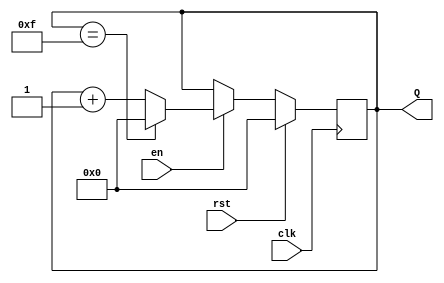
module up_counter_with_enable (
    input wire clk,      // Clock input
    input wire en,       // Enable signal
    input wire rst,      // Synchronous reset
    output reg [3:0] Q   // 4-bit output count
);

// Always block for synchronous operation
always @(posedge clk) begin
    if (rst) begin
        // Reset the counter to zero
        Q <= 4'b0000;
    end else if (en) begin
        // Increment the counter, wrap around at 15
        if (Q == 4'b1111) begin
            Q <= 4'b0000; // Wrap around to zero
        end else begin
            Q <= Q + 1;   // Increment counter
        end
    end
end

endmodule